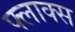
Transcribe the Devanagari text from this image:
फ्लाक्स